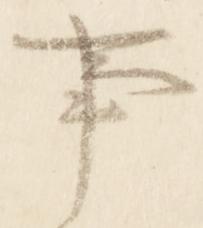
事